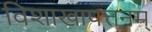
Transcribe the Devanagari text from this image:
विशाखापत्तनम्‌